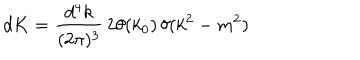
LaTeX: d K = \frac { d ^ { 4 } k } { ( 2 \pi ) ^ { 3 } } \, 2 \theta ( k _ { 0 } ) \, \delta ( k ^ { 2 } - m ^ { 2 } )